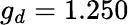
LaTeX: g_{d}=1.250